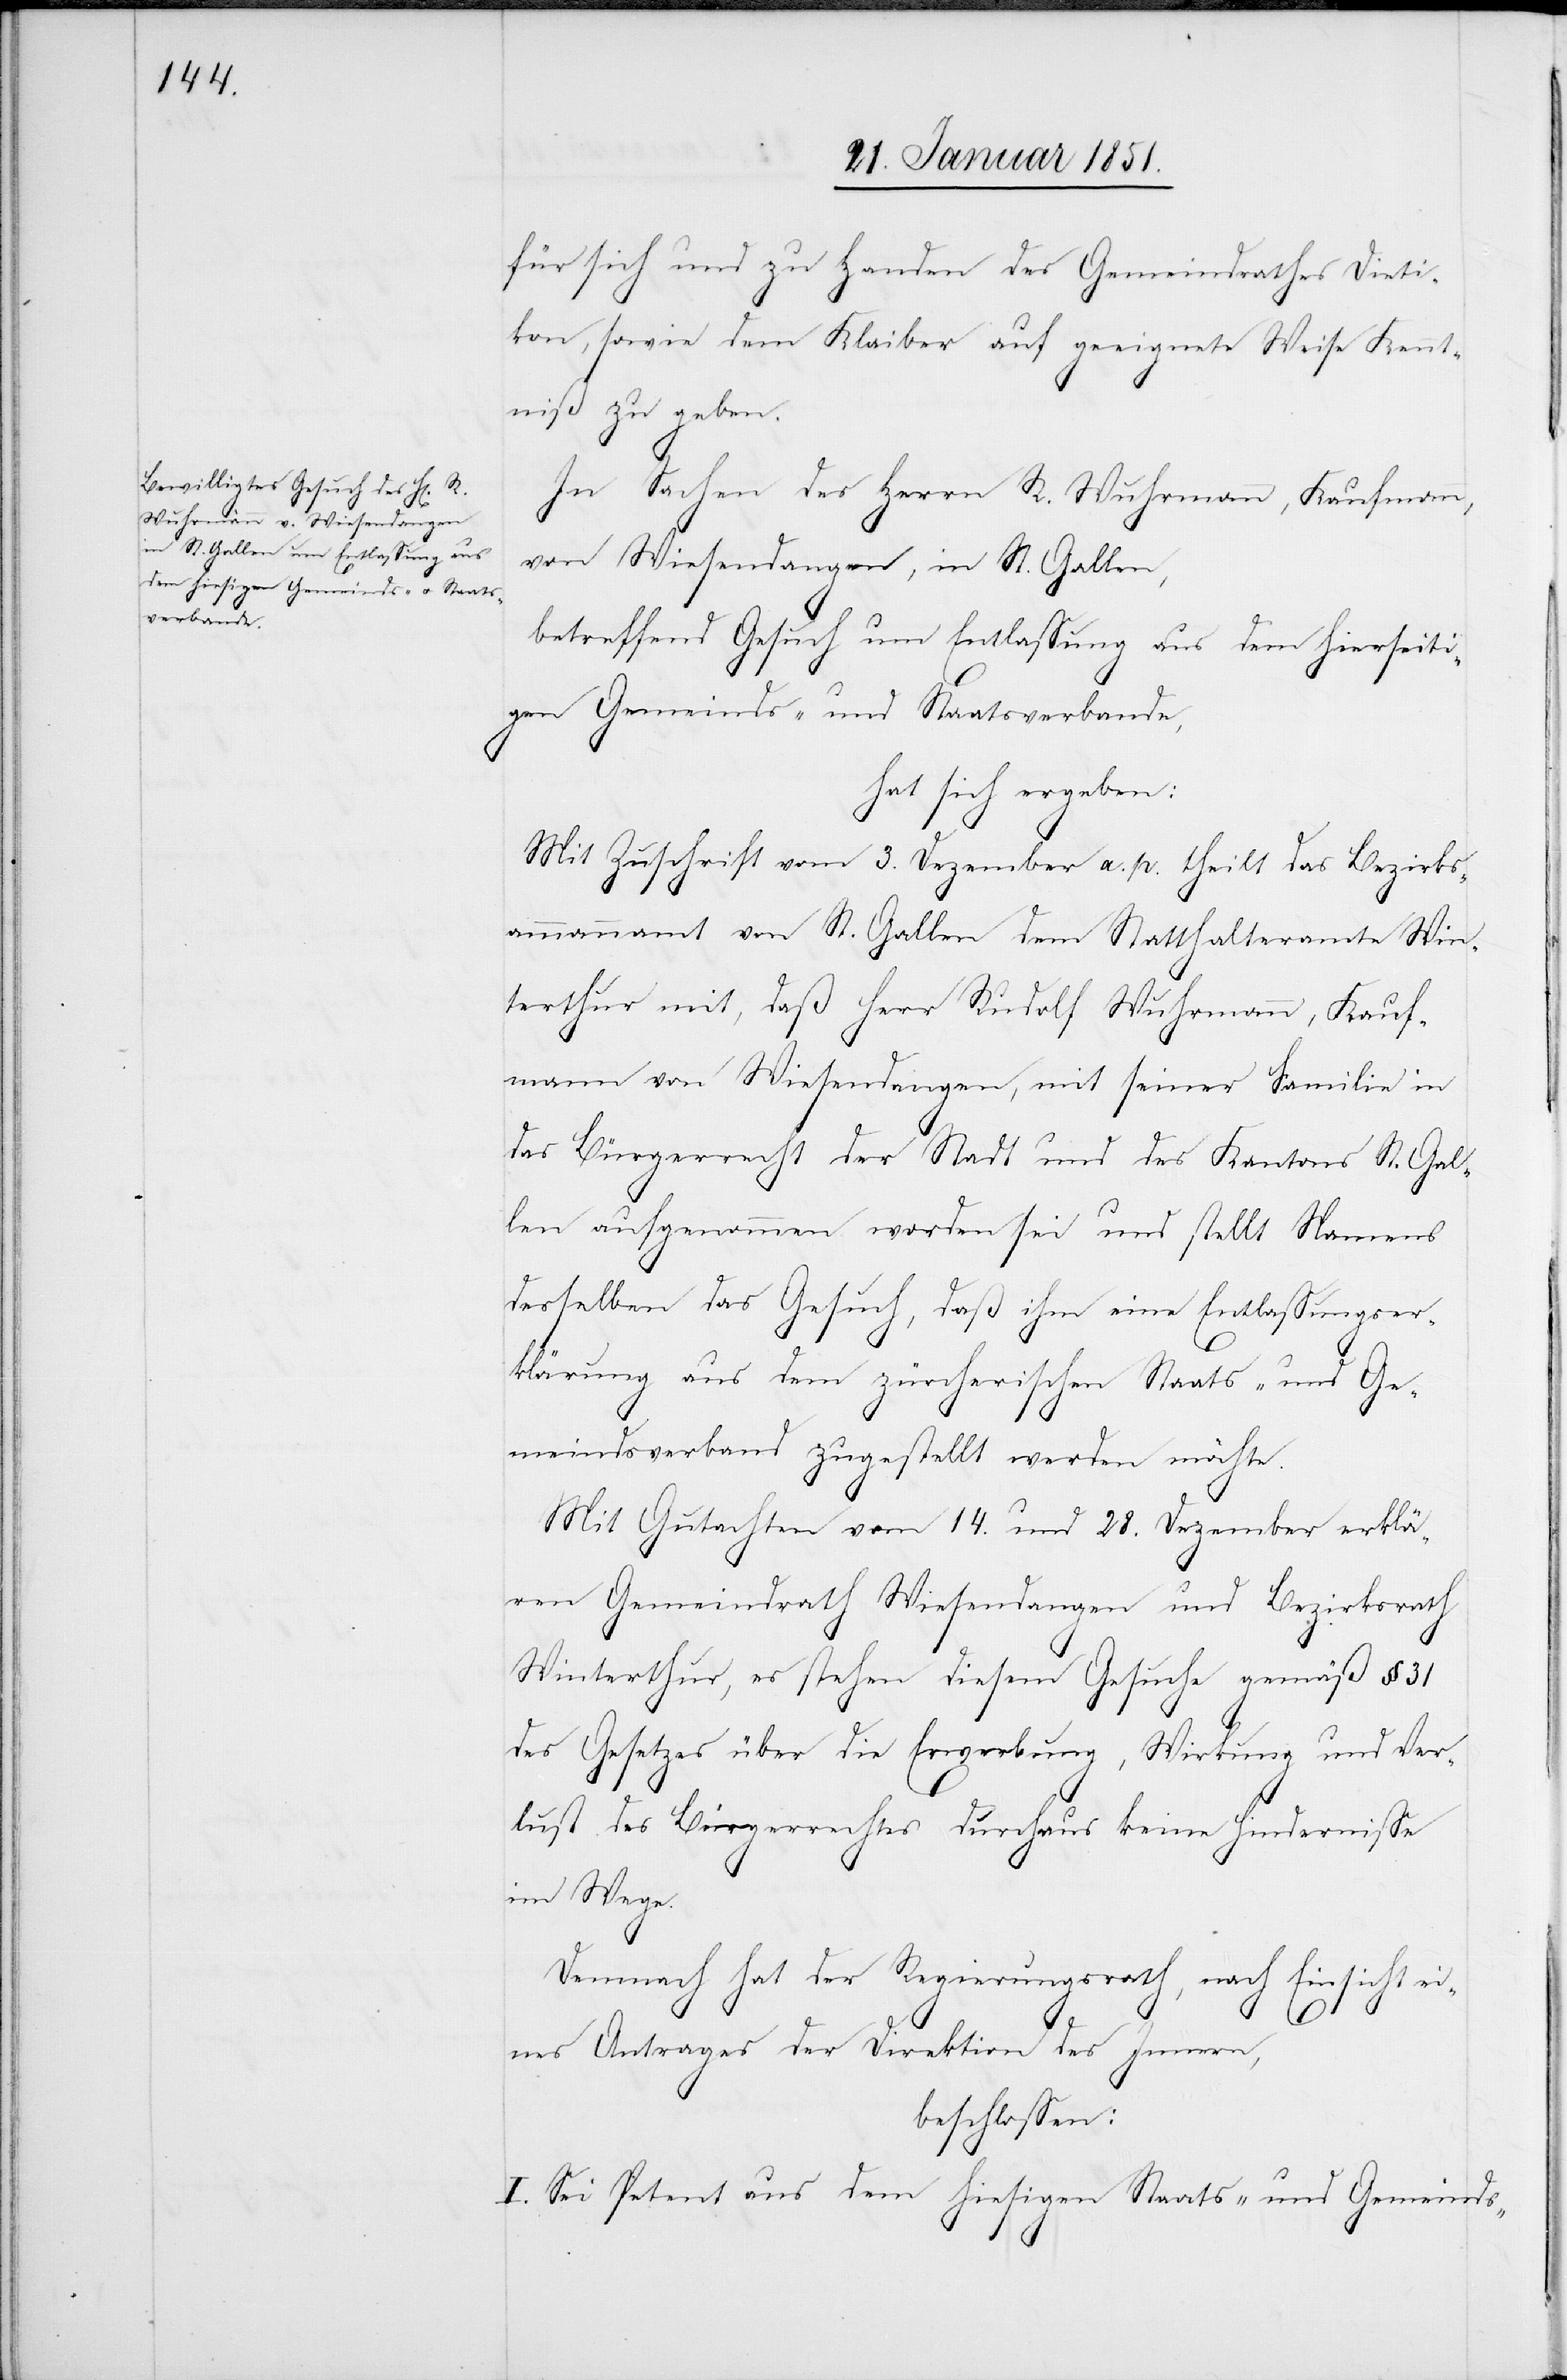
für sich und zu Handen des Gemeindrathes Dieti¬
kon, sowie dem Klaiber auf geeignete Weise Kennt¬
niß zu geben.
In Sachen des Herrn R. Wuhrmann, Kaufmann,
von Wiesendangen, in St. Gallen,
betreffend Gesuch um Entlassung aus dem hierseiti¬
gen Gemeinds- und Staatsverbande,
hat sich ergeben:
Mit Zuschrift vom 3. Dezember a. p. theilt das Bezirks¬
ammannamt von St. Gallen dem Statthalteramte Win¬
terthur mit, daß Herr Rudolf Wuhrmann, Kauf¬
mann von Wiesendangen, mit seiner Familie in
das Bürgerrecht der Stadt und des Kantons St. Gal¬
len aufgenommen worden sei und stellt Namens
desselben das Gesuch, daß ihm eine Entlassungser¬
klärung aus dem zürcherischen Staats- und Ge¬
meindsverband zugestellt werden möchte.
Mit Gutachten vom 14. und 28. Dezember erklä¬
ren Gemeindrath Wiesendangen und Bezirksrath
Winterthur, es stehen diesem Gesuche gemäß § 31
des Gesetzes über die Erwerbung, Wirkung und Ver¬
lust des Bürgerrechtes durchaus keine Hindernisse
im Wege.
Demnach hat der Regierungsrath, nach Einsicht ei¬
nes Antrages der Direktion des Innern,
beschlossen:
I. Sei Petent aus dem hiesigen Staats- und Gemeinds-